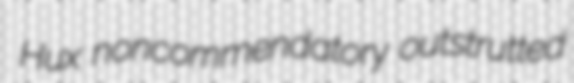
Hux noncommendatory outstrutted